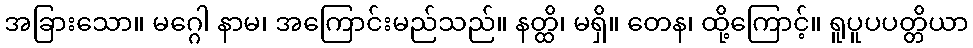
အခြားသော။ မဂ္ဂေါ နာမ၊ အကြောင်းမည်သည်။ နတ္ထိ၊ မရှိ။ တေန၊ ထို့ကြောင့်။ ရူပူပပတ္တိယာ